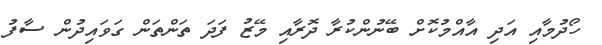
ހޯދުމާއި އަދި އާއްމުކޮށް ބޭނުންކުރާ ދޮރާއި މޭޒު ފަދަ ތަންތަން ގަވައިދުން ސާފު